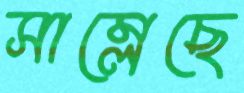
সাম্‌লেছে